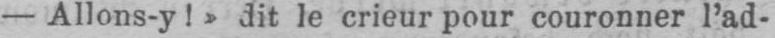
- Allons-y!» dit le crieur pour couronner l’ad-